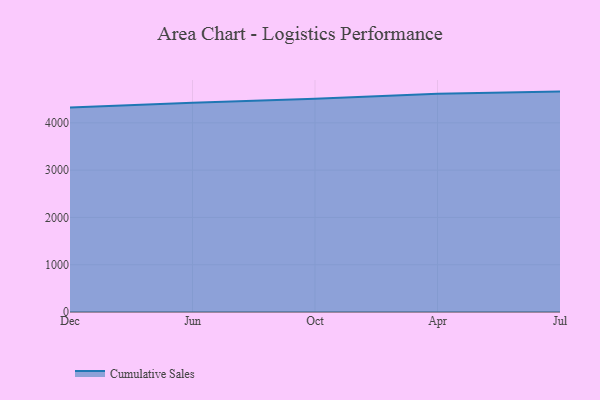
{"axis": {"x": "Month", "y": "Humidity (%)"}, "legend": ["Cumulative Sales"], "data": [{"x": "Dec", "y": 4322.6, "type": "Cumulative Sales"}, {"x": "Jun", "y": 4425.9, "type": "Cumulative Sales"}, {"x": "Oct", "y": 4510.0, "type": "Cumulative Sales"}, {"x": "Apr", "y": 4617.0, "type": "Cumulative Sales"}, {"x": "Jul", "y": 4660.4, "type": "Cumulative Sales"}]}